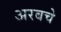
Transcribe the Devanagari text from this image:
अरबचे